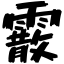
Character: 霰